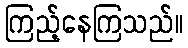
ကြည့်နေကြသည်။